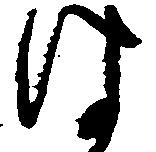
は